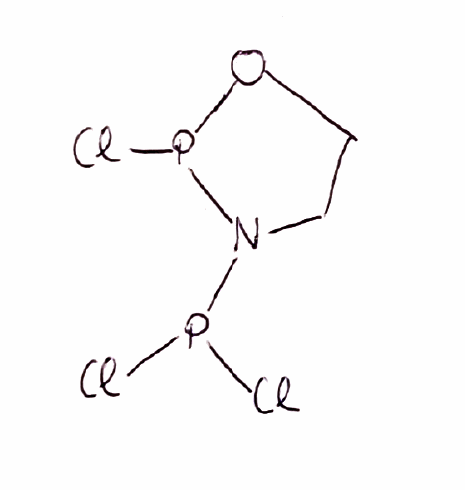
Simplified molecular-input line-entry system (SMILES) notation of the given molecule:
C1COP(N1P(Cl)Cl)Cl